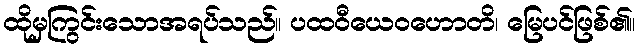
ထိုမှကြွင်းသောအရပ်သည်။ ပထဝီယေဝဟောတိ၊ မြေပင်ဖြစ်၏။